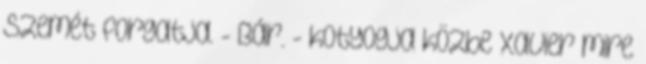
szemét forgatja. - Bár. - kotyogja közbe Xavier mire